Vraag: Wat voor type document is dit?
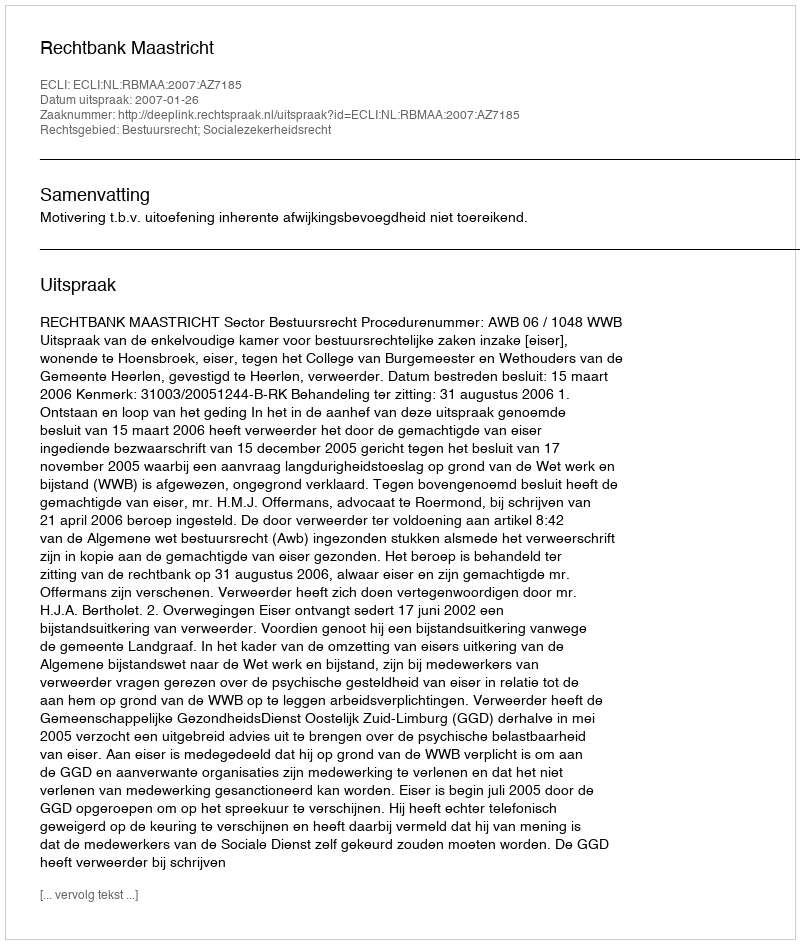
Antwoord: Uitspraak